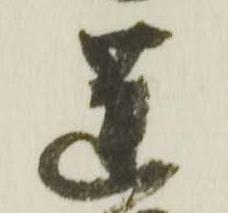
蓮